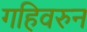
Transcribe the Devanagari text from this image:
गहिवरुन